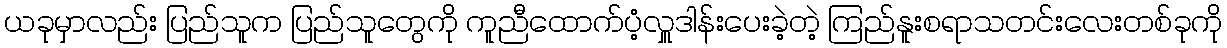
ယခုမှာလည်း ပြည်သူက ပြည်သူတွေကို ကူညီထောက်ပံ့လှူဒါန်းပေးခဲ့တဲ့ ကြည်နူးစရာသတင်းလေးတစ်ခုကို